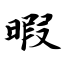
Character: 暇